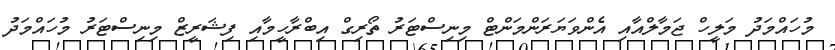
މުހައްމަދު މަލީހް ޖަމާލްއާއި އެންވަޔަރަންމަންޓް މިނިސްޓަރު ތޯރިގް އިބްރާހީމާއި ފިޝަރީޒް މިނިސްޓަރު މުހައްމަދު